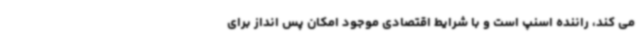
می کند، راننده اسنپ است و با شرایط اقتصادی موجود امکان پس انداز برای